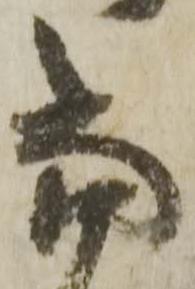
當